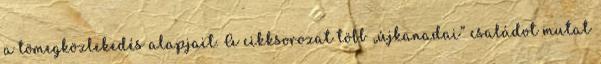
a tömegközlekedés alapjait. A cikksorozat több „újkanadai” családot mutat